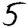
Digit: 5